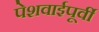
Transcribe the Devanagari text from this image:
पेशवाईपूर्वी